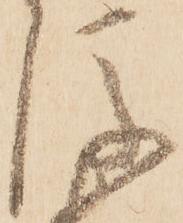
後